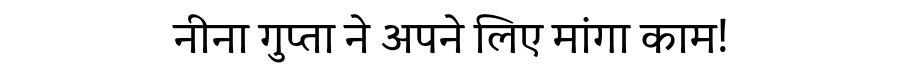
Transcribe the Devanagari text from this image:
नीना गुप्ता ने अपने लिए मांगा काम!